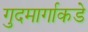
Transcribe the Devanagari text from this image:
गुदमार्गाकडे